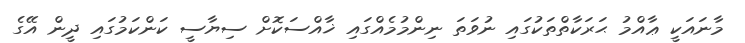
މާނައަކީ ޢާއްމު ޙަރަކާތްތަކުގައި ނުވަތަ ނިންމުމެއްގައި ޚާއްސަކޮށް ސިޔާސީ ކަންކަމުގައި ދީން އޭގެ